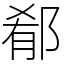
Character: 郩